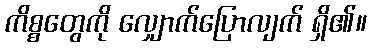
ကိစ္စတွေကို လျှောက်ပြောလျက် ရှိ၏။